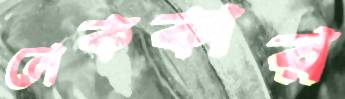
নেককার